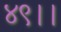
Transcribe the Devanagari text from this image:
४९।।